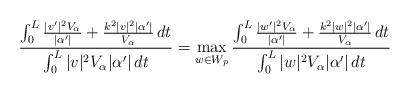
LaTeX: \begin{align*}\frac{\int_0^L \frac{|v'|^2 V_{\alpha}}{|\alpha'|} + \frac{k^2 |v|^2 | \alpha'|}{V_{\alpha}} \,dt}{\int_0^L |v|^2 V_\alpha |\alpha'| \,dt}= \max_{w \in W_p} \frac{\int_0^L \frac{|w'|^2 V_{\alpha}}{|\alpha'|} + \frac{k^2 |w|^2 | \alpha'|}{V_{\alpha}} \,dt}{\int_0^L |w|^2 V_\alpha |\alpha'| \,dt}\end{align*}